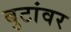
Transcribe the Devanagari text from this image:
बुटांवर